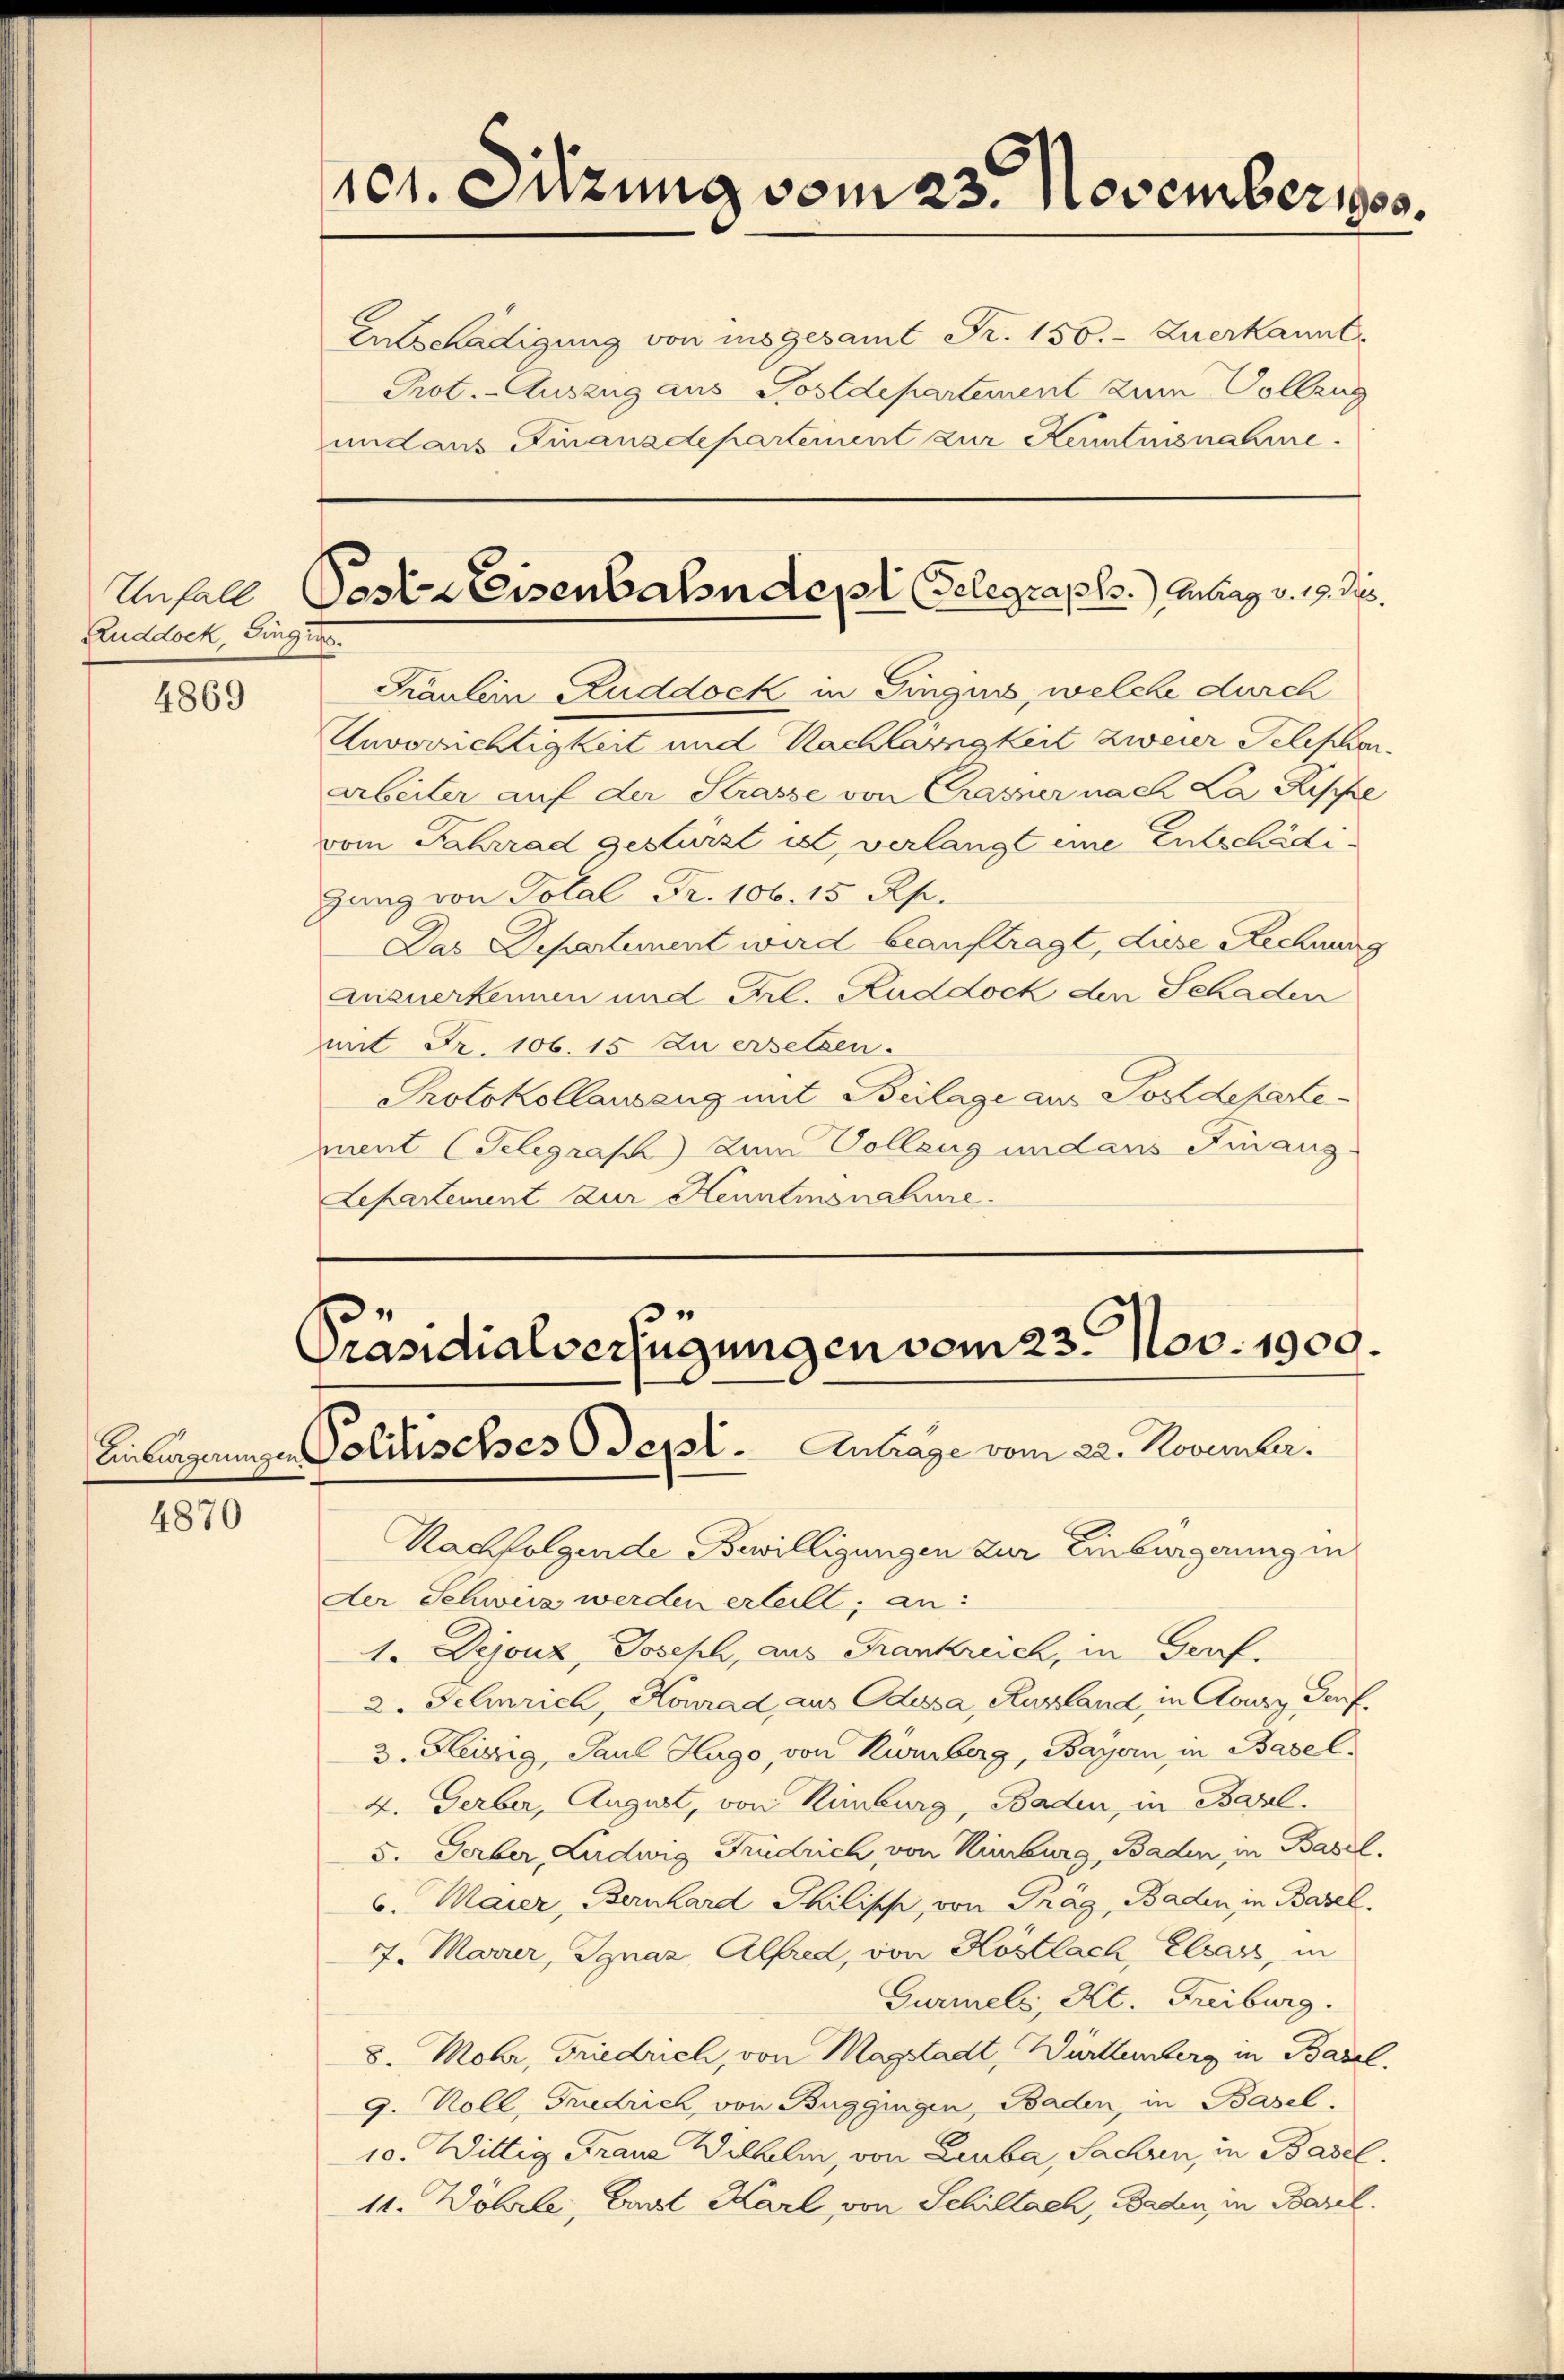
Ruddock, Finger

4869

4870

101. Sitzung vom 23. November 1900.
Entschädigung von insgesamt Fr. 150. - Zuerkannt
Prot. Auszug aus Postdepartement zum Vollzug
und aus Finanzdeparteinent zur Kenntnisnahme.

Fräulein Ruddock in Finges, welche durch
Unvorrichtigkeit und Nachläsigkeit zweier Telephon
arbeiter auf der Strasse von Crasier nach La Rische
vom Fahrrad gestürzt ist, verlangt eine Entschädigang von Total Fr. 106. 15 Rp.
Das Departement wird beauftragt, diese Rechnung
Quzuerkennen und Frl. Ruddock den Schaden
mit Fr. 106. 15 zu ersetzen.
Protokollauseng mit Beilage aus Postdepartement Gelegras) zum Vollzug und aus Finanz-
Lepartement zur Kenntnisnahme.

Unfall Pesta Eisenbahndepl Gelegraph. Marg v. 19. Jus

Präsidialverfügungen vom 23. Nov. 1900.
Einbergangen Politisches depol. Antrage vom 22. November.

Nachfolgende Bewilligungen zur Einburgerung in
der Schweiz werden erteilt, an:
1. Dejouz, Joseph, aus Frankreich, in Graf.
2. Selinrich, Konrad aus dessa, Russland, in Aoury, Genf,
3. Heiszig, Paul Hugo, von Kümberg, Bayern in Basel¬
4. Gerber, August, von Rimburg, Baden, in Basl.
5. Gerber, Ludwig Fridrich, von Rinburg, Baden in Basel.
6. Maier, Bernhard Philisch, von Träg, Baden in Basel,
7. Marier, Ignaz Alfred, von Köstlach, Elsass, in
Gurmels, Kt. Freiburg.
8. Mohr, Friedrich, von Magstadt, Württemberg in Basel.
9. Koll, Friedrich, von Buggingen, Baden, in Basel,
10. Wittig Franz Wilhelm, von Leuba, Sachen, in Basel.
11. Wöhrle, Bart Karl von Schillach, Baden, in Barel.